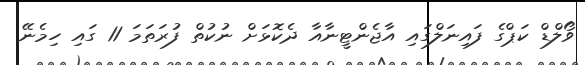
ވޯލްޑް ކަޕްގެ ފައިނަލްގައި އާޖެންޓީނާއާ ދެކޮޅަށް ނުކުތް ފުރަތަމަ 11 ގައި ހިމެނޭ